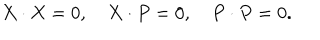
LaTeX: X \cdot X = 0 , \quad X \cdot P = 0 , \quad P \cdot P = 0 .